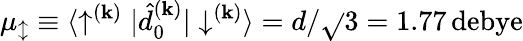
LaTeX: \mu_{\updownarrow}\equiv{\langle\uparrow^{(\mathbf{k})}|\hat{{d}}_{0}^{(\mathbf{k})}|\downarrow^{(\mathbf{k})}\rangle}=d/\sqrt{}{{3}}=1.77\, \mathrm{{debye}}